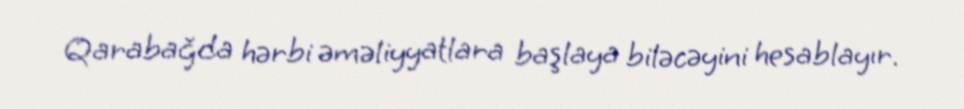
Qarabağda hərbi əməliyyatlara başlaya biləcəyini hesablayır.